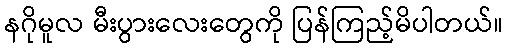
နဂိုမူလ မီးပွားလေးတွေကို ပြန်ကြည့်မိပါတယ်။